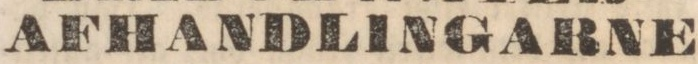
AFHANDLINGARNE